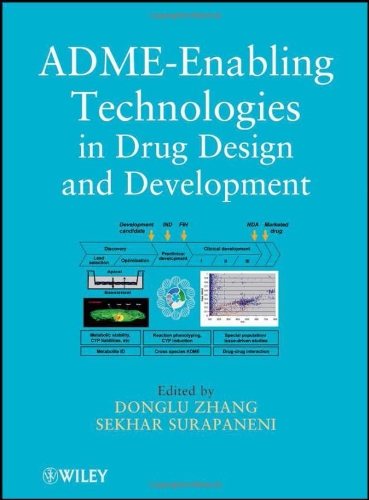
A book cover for ADME-Enabling Technologies in Drug Design and Development; Medical Books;